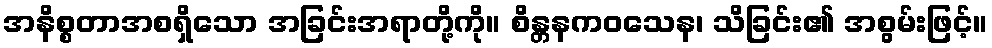
အနိစ္စတာအစရှိသော အခြင်းအရာတို့ကို။ စိန္တနကဝသေန၊ သိခြင်း၏ အစွမ်းဖြင့်။